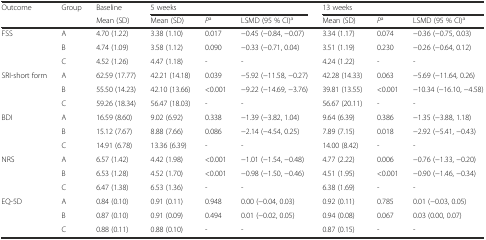
<table><thead><tr><td><b>Outcome</b></td><td><b>Group</b></td><td><b>Baseline</b></td><td colspan="3"><b>5 weeks</b></td><td colspan="3"><b>13 weeks</b></td></tr><tr><td></td><td></td><td><b>Mean (SD)</b></td><td><b>Mean (SD)</b></td><td><b><i>P</i><sup>a</sup></b></td><td><b>LSMD (95 % CI)<sup>a</sup></b></td><td><b>Mean (SD)</b></td><td><b><i>P</i><sup>a</sup></b></td><td><b>LSMD (95 % CI)<sup>a</sup></b></td></tr></thead><tbody><tr><td rowspan="3">FSS</td><td>A</td><td>4.70 (1.22)</td><td>3.38 (1.10)</td><td>0.017</td><td>−0.45 (−0.84, −0.07)</td><td>3.34 (1.17)</td><td>0.074</td><td>−0.36 (−0.75, 0.03)</td></tr><tr><td>B</td><td>4.74 (1.09)</td><td>3.58 (1.12)</td><td>0.090</td><td>−0.33 (−0.71, 0.04)</td><td>3.51 (1.19)</td><td>0.230</td><td>−0.26 (−0.64, 0.12)</td></tr><tr><td>C</td><td>4.52 (1.26)</td><td>4.47 (1.18)</td><td>-</td><td>-</td><td>4.24 (1.22)</td><td>-</td><td>-</td></tr><tr><td rowspan="3">SRI-short form</td><td>A</td><td>62.59 (17.77)</td><td>42.21 (14.18)</td><td>0.039</td><td>−5.92 (−11.58, −0.27)</td><td>42.28 (14.33)</td><td>0.063</td><td>−5.69 (−11.64, 0.26)</td></tr><tr><td>B</td><td>55.50 (14.23)</td><td>42.10 (13.66)</td><td>&lt;0.001</td><td>−9.22 (−14.69, −3.76)</td><td>39.81 (13.55)</td><td>&lt;0.001</td><td>−10.34 (−16.10, −4.58)</td></tr><tr><td>C</td><td>59.26 (18.34)</td><td>56.47 (18.03)</td><td>-</td><td>-</td><td>56.67 (20.11)</td><td>-</td><td>-</td></tr><tr><td rowspan="3">BDI</td><td>A</td><td>16.59 (8.60)</td><td>9.02 (6.92)</td><td>0.338</td><td>−1.39 (−3.82, 1.04)</td><td>9.64 (6.39)</td><td>0.386</td><td>−1.35 (−3.88, 1.18)</td></tr><tr><td>B</td><td>15.12 (7.67)</td><td>8.88 (7.66)</td><td>0.086</td><td>−2.14 (−4.54, 0.25)</td><td>7.89 (7.15)</td><td>0.018</td><td>−2.92 (−5.41, −0.43)</td></tr><tr><td>C</td><td>14.91 (6.78)</td><td>13.36 (6.39)</td><td>-</td><td>-</td><td>14.00 (8.42)</td><td>-</td><td>-</td></tr><tr><td rowspan="3">NRS</td><td>A</td><td>6.57 (1.42)</td><td>4.42 (1.98)</td><td>&lt;0.001</td><td>−1.01 (−1.54, −0.48)</td><td>4.77 (2.22)</td><td>0.006</td><td>−0.76 (−1.33, −0.20)</td></tr><tr><td>B</td><td>6.53 (1.28)</td><td>4.52 (1.70)</td><td>&lt;0.001</td><td>−0.98 (−1.50, −0.46)</td><td>4.51 (1.95)</td><td>&lt;0.001</td><td>−0.90 (−1.46, −0.34)</td></tr><tr><td>C</td><td>6.47 (1.38)</td><td>6.53 (1.36)</td><td>-</td><td>-</td><td>6.38 (1.69)</td><td>-</td><td>-</td></tr><tr><td rowspan="3">EQ-5D</td><td>A</td><td>0.84 (0.10)</td><td>0.91 (0.11)</td><td>0.948</td><td>0.00 (−0.04, 0.03)</td><td>0.92 (0.11)</td><td>0.785</td><td>0.01 (−0.03, 0.05)</td></tr><tr><td>B</td><td>0.87 (0.10)</td><td>0.91 (0.09)</td><td>0.494</td><td>0.01 (−0.02, 0.05)</td><td>0.94 (0.08)</td><td>0.067</td><td>0.03 (0.00, 0.07)</td></tr><tr><td>C</td><td>0.88 (0.11)</td><td>0.88 (0.10)</td><td>-</td><td>-</td><td>0.87 (0.15)</td><td>-</td><td>-</td></tr></tbody></table>